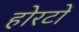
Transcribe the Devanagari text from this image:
होरटों